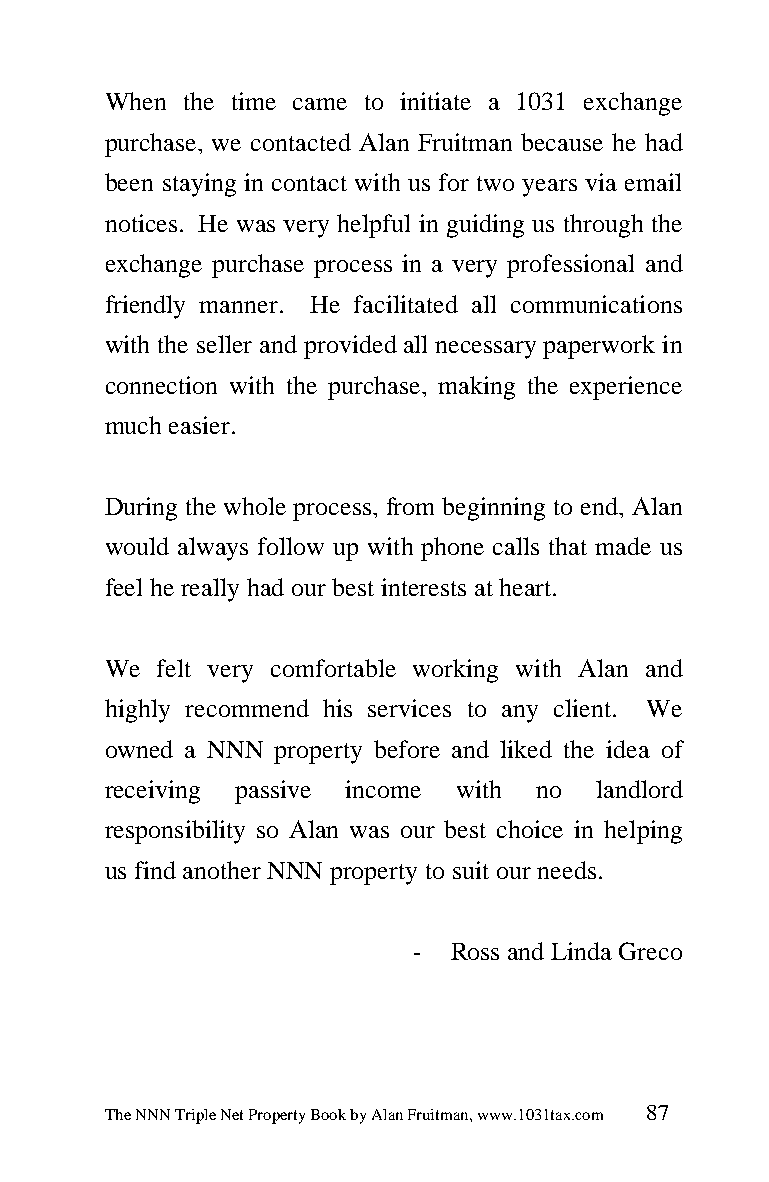
When the time came to initiate a 1031 exchange
 purchase, we contacted Alan Fruitman because he had
 been staying in contact with us for two years via email
 notices. He was very helpful in guiding us through the
 exchange purchase process in a very professional and
 friendly manner. He facilitated all communications
 with the seller and provided all necessary paperwork in
 connection with the purchase, making the experience
 much easier.
 During the whole process, from beginning to end, Alan
 would always follow up with phone calls that made us
 feel he really had our best interests at heart.
 We  felt very comfortable working with Alan and
 highly recommend his services to any client. We
 owned a NNN property before and liked the idea of
 receiving passive income with no landlord
 responsibility so Alan was our best choice in helping
 us find another NNN property to suit our needs.
 -  Ross and Linda Greco
 The NNN Triple Net Property Book by Alan Fruitman, www.1031tax.com 87